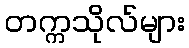
တက္ကသိုလ်များ